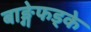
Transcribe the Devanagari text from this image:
बाङ्गेफड्के